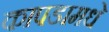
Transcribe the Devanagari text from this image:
कापडामधे